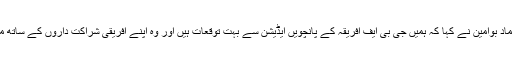
فورم پر تبصرہ کرتے ہوئے حماد بوامین نے کہا کہ ہمیں جی بی ایف افریقہ کے پانچویں ایڈیشن سے بہت توقعات ہیں اور وہ اپنے افریقی شراکت داروں کے ساتھ مستقبل میں متحدہ عرب امارات۔